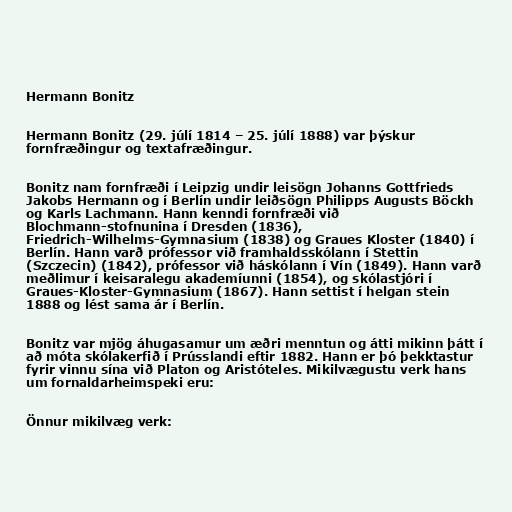
Hermann Bonitz

Hermann Bonitz (29. júlí 1814 – 25. júlí 1888) var þýskur
fornfræðingur og textafræðingur.

Bonitz nam fornfræði í Leipzig undir leisögn Johanns Gottfrieds
Jakobs Hermann og í Berlín undir leiðsögn Philipps Augusts Böckh
og Karls Lachmann. Hann kenndi fornfræði við
Blochmann-stofnunina í Dresden (1836),
Friedrich-Wilhelms-Gymnasium (1838) og Graues Kloster (1840) í
Berlín. Hann varð prófessor við framhaldsskólann í Stettin
(Szczecin) (1842), prófessor við háskólann í Vín (1849). Hann varð
meðlimur í keisaralegu akademíunni (1854), og skólastjóri í
Graues-Kloster-Gymnasium (1867). Hann settist í helgan stein
1888 og lést sama ár í Berlín.

Bonitz var mjög áhugasamur um æðri menntun og átti mikinn þátt í
að móta skólakerfið í Prússlandi eftir 1882. Hann er þó þekktastur
fyrir vinnu sína við Platon og Aristóteles. Mikilvægustu verk hans
um fornaldarheimspeki eru:

Önnur mikilvæg verk: